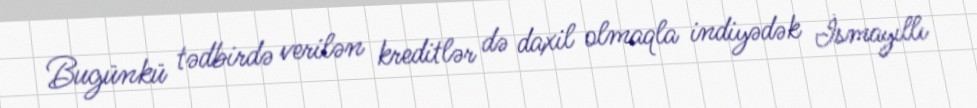
Bugünkü tədbirdə verilən kreditlər də daxil olmaqla indiyədək İsmayıllı